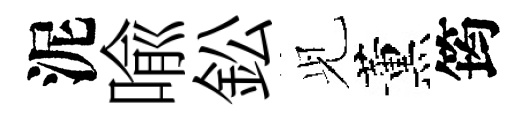
泥喩鈆𫤗薰筠